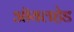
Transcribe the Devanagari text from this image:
ऑयलहेड